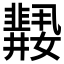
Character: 𱙲